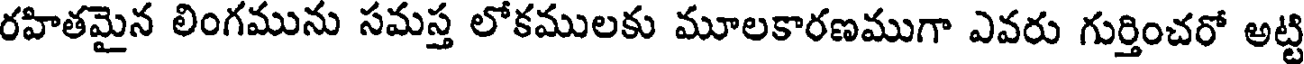
రహితమైన లింగమును సమస్త లోకములకు మూలకారణముగా ఎవరు గుర్తించరో అట్టి